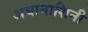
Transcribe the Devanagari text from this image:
अघानाशिनी